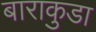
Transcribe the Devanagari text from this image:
बाराकुडा